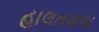
હાલતવાળા